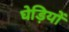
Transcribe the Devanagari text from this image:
घेड़ियों